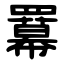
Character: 羃